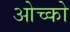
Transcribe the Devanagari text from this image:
ओच्को